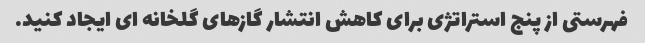
فهرستی از پنج استراتژی برای کاهش انتشار گازهای گلخانه ای ایجاد کنید.